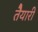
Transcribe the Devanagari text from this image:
तैेयारी